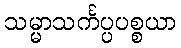
သမ္မာသင်္ကပ္ပပစ္စယာ